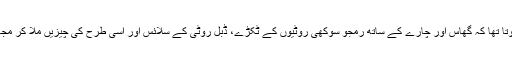
کبھی کبھار ایسا بھی ہوتا تھا کہ گھاس اور چارے کے ساتھ رمجو سوکھی روٹیوں کے ٹکڑے، ڈبل روٹی کے سلائس اور اسی طرح کی چیزیں ملا کر مجھے کھانے کو دیتا تھا۔